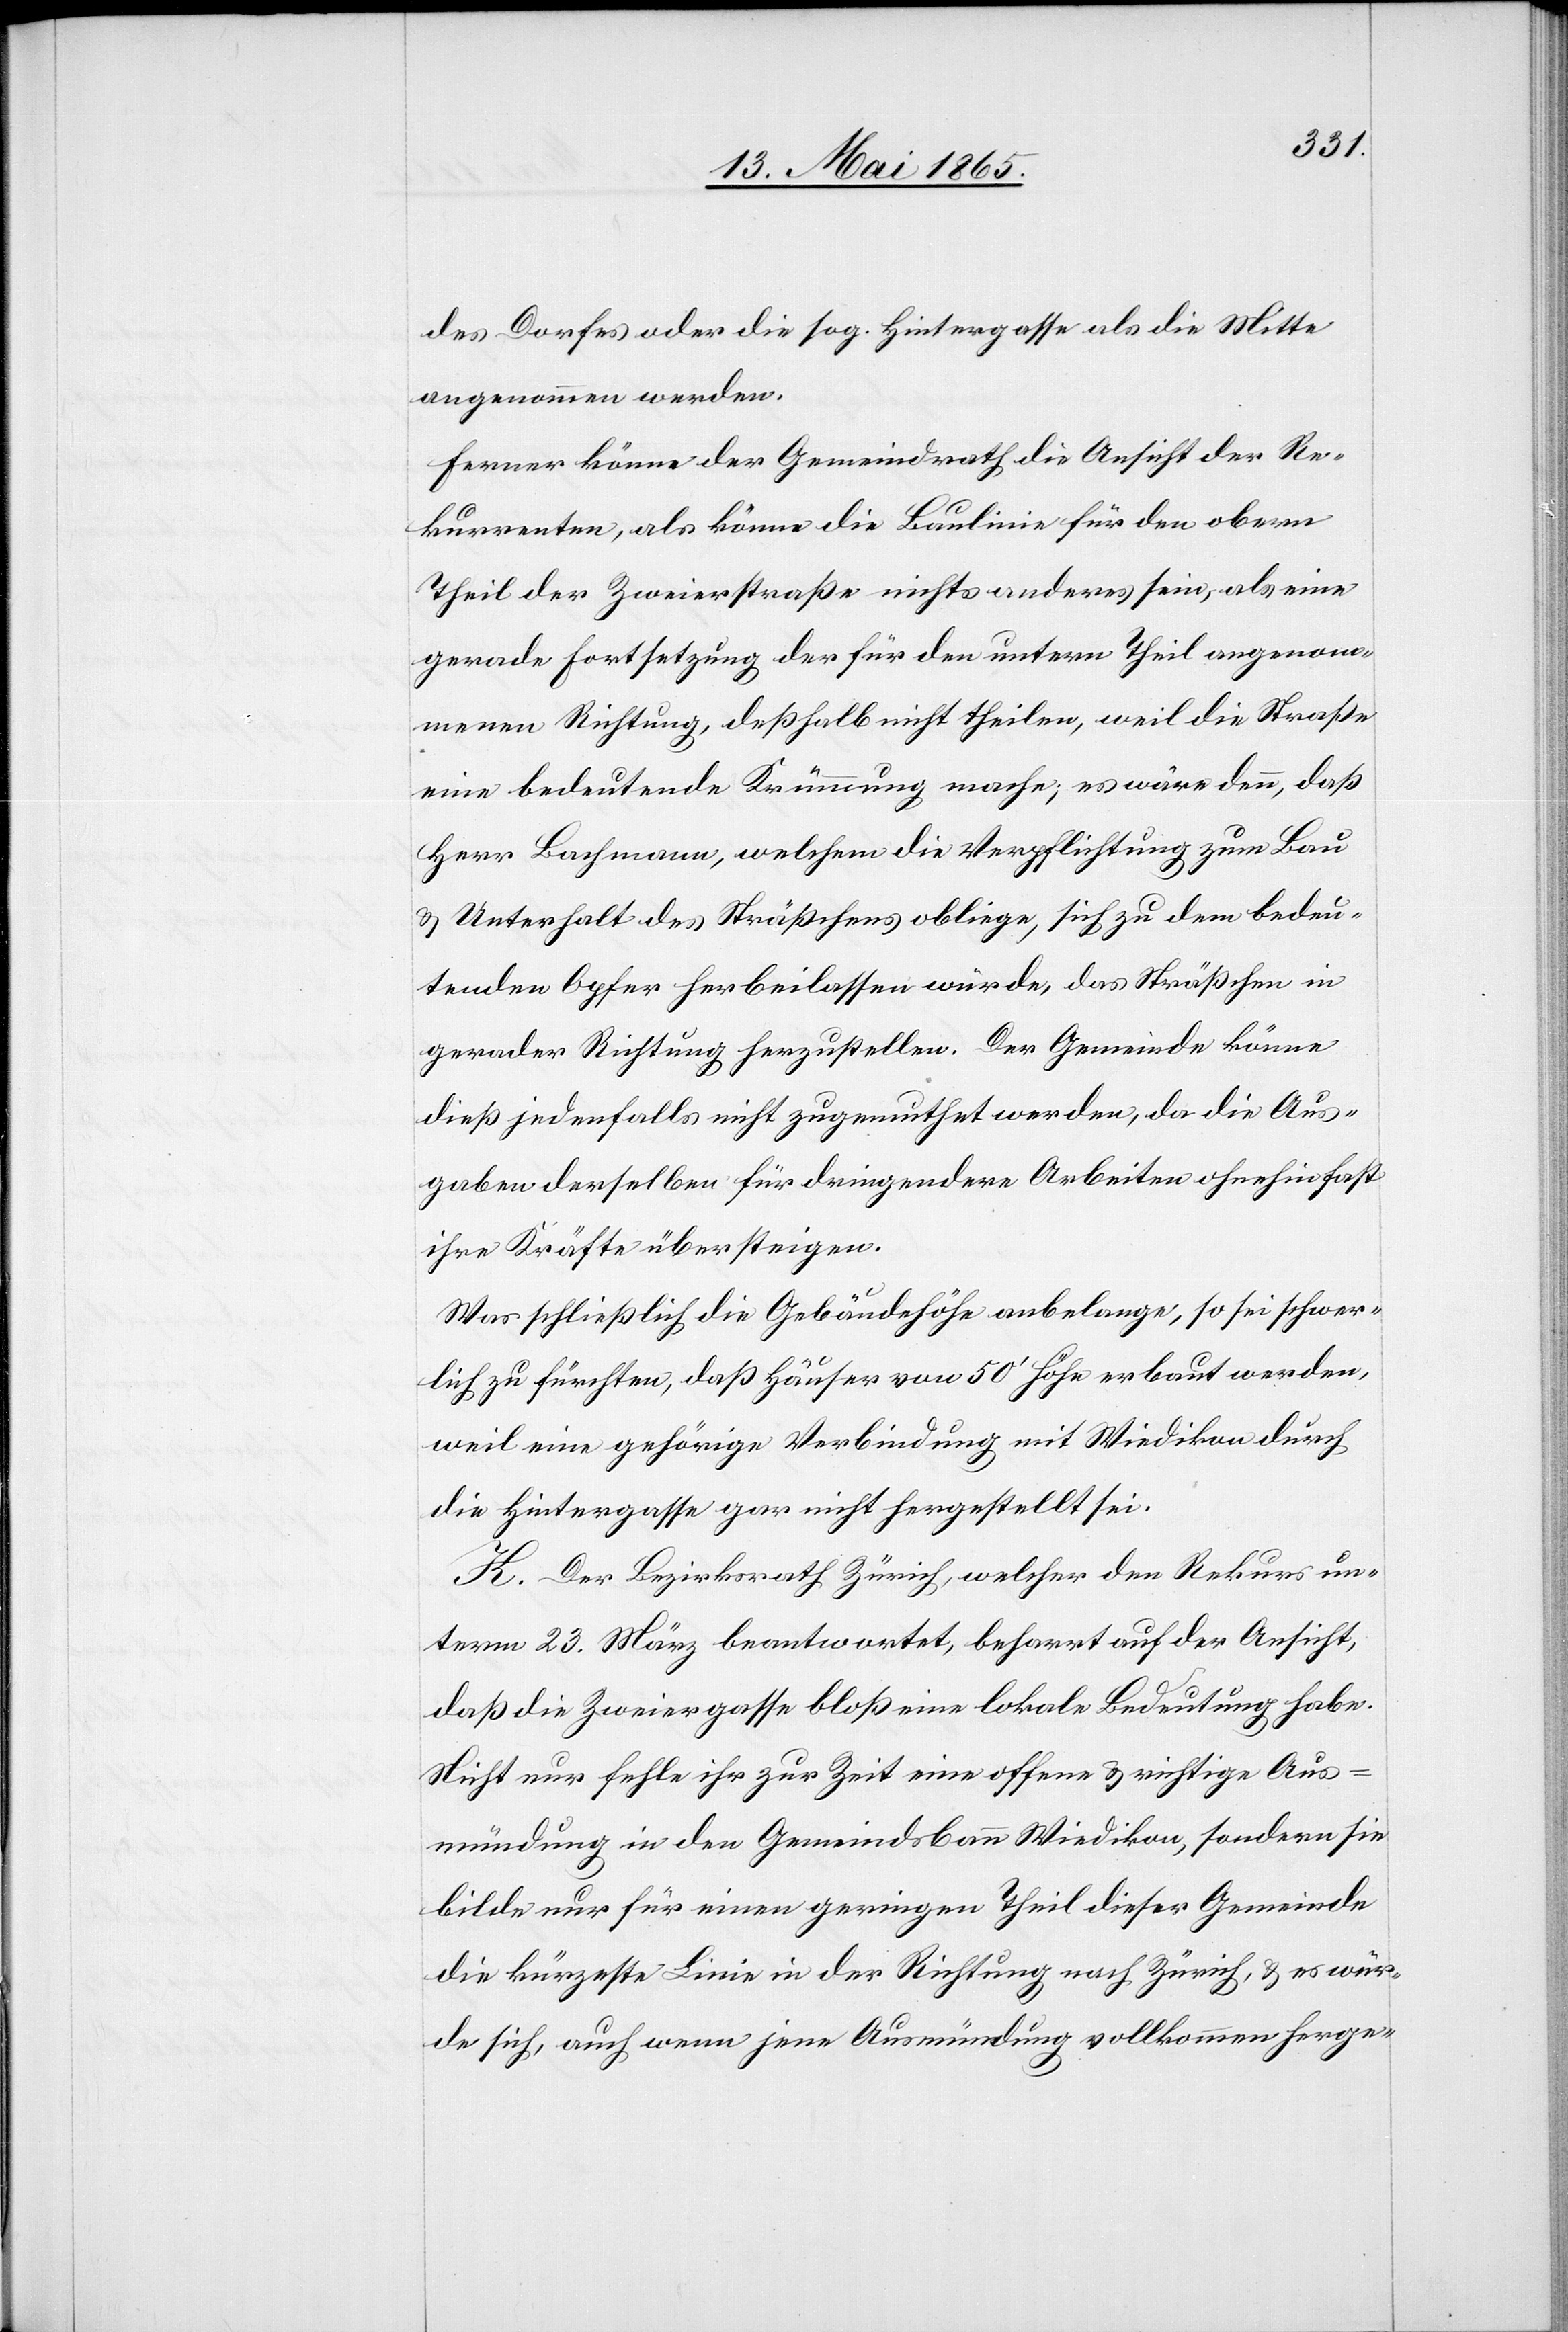
des Dorfes oder die sog. Hintergasse als die Mitte
angenommen werden.
Ferner könne der Gemeindrath die Ansicht der Re¬
kurrenten, als könne die Baulinie für den obern
Theil der Zweierstraße nichts anderes sein, als eine
gerade Fortsetzung der für den untern Theil angenom¬
menen Richtung, deßhalb nicht theilen, weil die Straße
eine bedeutende Krümmung mache; es wäre denn, daß
Herr Bachmann, welchem die Verpflichtung zum Bau
& Unterhalt des Sträßchens obliege, sich zu dem bedeu¬
tenden Opfer herbeilassen würde, das Sträßchen in
gerader Richtung herzustellen. Der Gemeinde könne
dieß jedenfalls nicht zugemuthet werden, da die Aus¬
gaben derselben für dringendere Arbeiten ohnehin fast
ihre Kräfte übersteigen.
Was schließlich die Gebäudehöhe anbelange, so sei schwer¬
lich zu fürchten, daß Häuser von 50’ Höhe erbaut werden,
weil eine gehörige Verbindung mit Wiedikon durch
die Hintergasse gar nicht hergestellt sei.
K. Der Bezirksrath Zürich, welcher den Rekurs un¬
term 23. März beantwortet, beharrt auf der Ansicht,
daß die Zweiergasse bloß eine lokale Bedeutung habe.
Nicht nur fehle ihr zur Zeit eine offene & richtige Aus¬
mündung in den Gemeindsbann Wiedikon, sondern sie
bilde nur für einen geringen Theil dieser Gemeinde
die kürzeste Linie in der Richtung nach Zürich, & es wür¬
de sich, auch wenn jene Ausmündung vollkommen herge-